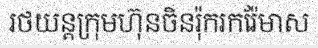
រថយន្តក្រុមហ៊ុនចិនរ៉ុករករ៉ែមាស